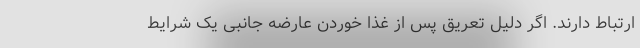
ارتباط دارند. اگر دلیل تعریق پس از غذا خوردن عارضه جانبی یک شرایط